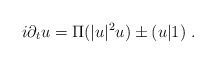
LaTeX: \begin{align*}i\partial_t u=\Pi(|u|^2u)\pm(u|1)\ . \end{align*}